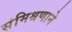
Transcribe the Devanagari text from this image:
संमिश्रणाने